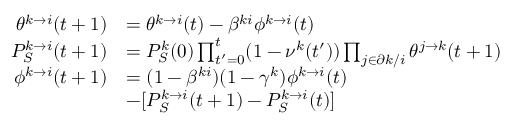
\begin{array} { r l } { \theta ^ { k \to i } ( t + 1 ) } & { = \theta ^ { k \to i } ( t ) - \beta ^ { k i } \phi ^ { k \to i } ( t ) } \\ { P _ { S } ^ { k \to i } ( t + 1 ) } & { = P _ { S } ^ { k } ( 0 ) \prod _ { t ^ { \prime } = 0 } ^ { t } ( 1 - \nu ^ { k } ( t ^ { \prime } ) ) \prod _ { j \in \partial k / i } \theta ^ { j \to k } ( t + 1 ) } \\ { \phi ^ { k \to i } ( t + 1 ) } & { = ( 1 - \beta ^ { k i } ) ( 1 - \gamma ^ { k } ) \phi ^ { k \to i } ( t ) } \\ & { - [ P _ { S } ^ { k \to i } ( t + 1 ) - P _ { S } ^ { k \to i } ( t ) ] } \end{array}